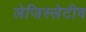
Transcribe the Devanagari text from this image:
लेजिस्लेटीव